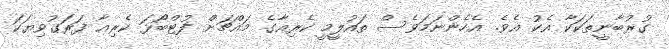
ގުރުބާނީތަކަކާ އެކު އެވެ. އެހެންނަމަވެސް ތައުލީމީ ކެރިއާގެ މައްޗަށް ފުޓްބޯޅަ ކެރިއާ ފަރަގުވިޔަކަ